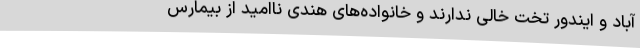
آباد و ایندور تخت خالی ندارند و خانواده‌های هندی ناامید از بیمارس